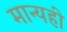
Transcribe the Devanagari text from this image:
मान्यही